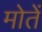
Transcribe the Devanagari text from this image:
मोतें